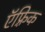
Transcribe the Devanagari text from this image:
ऍफ़्रिक